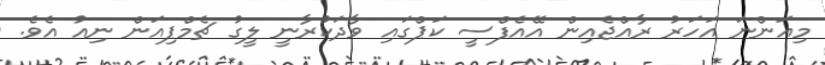
މިއަންނަ އަހަރު ރާއްޖެއިން އޭއެފްސީ ކަޕްގައި ވާދަކުރާނީ ލީގު ޗެމްޕިއަން ނިއު އެވެ.